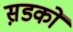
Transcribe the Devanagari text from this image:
स़डकों